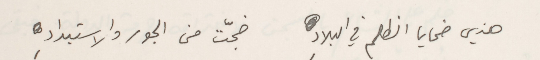
هذي ضحايا الظلم في البلادِ        ضجّت من الجور والاستبدادِ